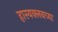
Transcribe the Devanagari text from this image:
हास्यक्लबच्या